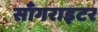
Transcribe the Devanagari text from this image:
साँगराइटर